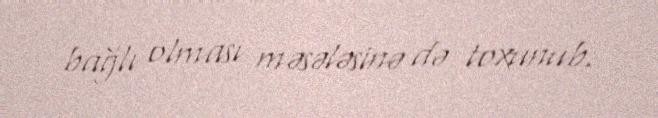
bağlı olması məsələsinə də toxunub.